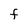
Character: F